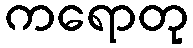
ကရောတု